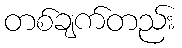
တစ်ချက်တည်း